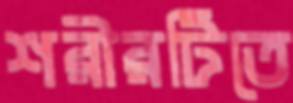
শরীরটিতে